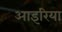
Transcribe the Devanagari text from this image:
आइरिया